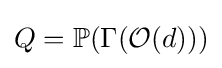
Q=\mathbb {P} (\Gamma ({\mathcal {O}}(d)))